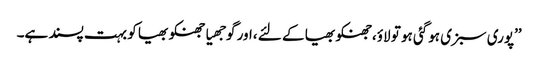
’’پوری سبزی ہوگئی ہو تو لاؤ،جھنکو بھیا کے لئے ،اور گوجھیا جھنکو بھیا کو بہت پسند ہے۔